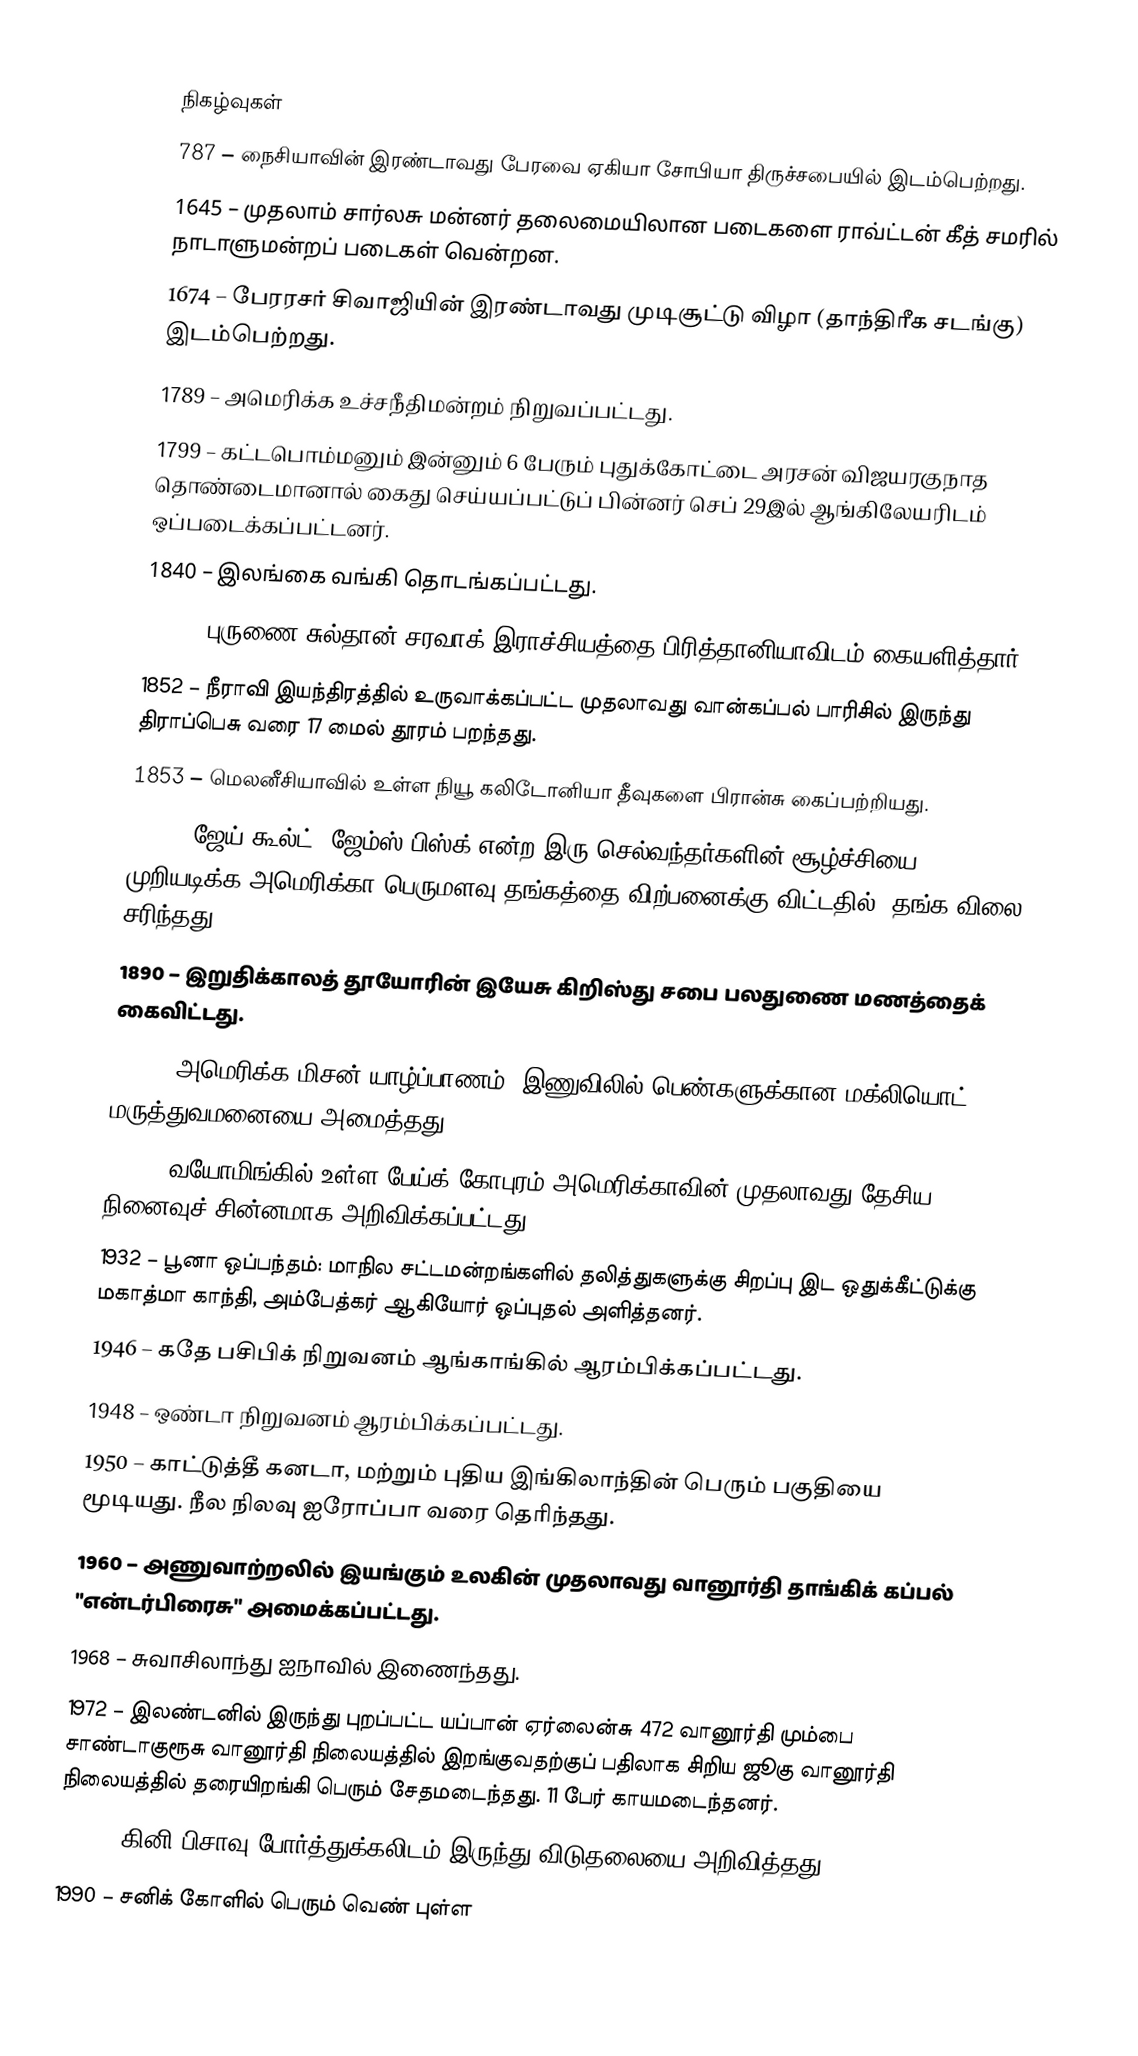

நிகழ்வுகள்
787 – நைசியாவின் இரண்டாவது பேரவை ஏகியா சோபியா திருச்சபையில் இடம்பெற்றது.
1645 – முதலாம் சார்லசு மன்னர் தலைமையிலான படைகளை ராவ்ட்டன் கீத் சமரில் நாடாளுமன்றப் படைகள் வென்றன.
1674 – பேரரசர் சிவாஜியின் இரண்டாவது முடிசூட்டு விழா (தாந்திரீக சடங்கு) இடம்பெற்றது.
1789 – அமெரிக்க உச்சநீதிமன்றம் நிறுவப்பட்டது.
1799 – கட்டபொம்மனும் இன்னும் 6 பேரும் புதுக்கோட்டை அரசன் விஜயரகுநாத தொண்டைமானால் கைது செய்யப்பட்டுப் பின்னர் செப் 29இல் ஆங்கிலேயரிடம் ஒப்படைக்கப்பட்டனர்.
1840 – இலங்கை வங்கி தொடங்கப்பட்டது.
1841 – புருணை சுல்தான் சரவாக் இராச்சியத்தை பிரித்தானியாவிடம் கையளித்தார்.
1852 – நீராவி இயந்திரத்தில் உருவாக்கப்பட்ட முதலாவது வான்கப்பல் பாரிசில் இருந்து திராப்பெசு வரை 17 மைல் தூரம் பறந்தது.
1853 – மெலனீசியாவில் உள்ள நியூ கலிடோனியா தீவுகளை பிரான்சு கைப்பற்றியது.
1869 – ஜேய்  கூல்ட், ஜேம்ஸ் பிஸ்க் என்ற இரு செல்வந்தர்களின் சூழ்ச்சியை முறியடிக்க அமெரிக்கா பெருமளவு தங்கத்தை விற்பனைக்கு விட்டதில், தங்க விலை சரிந்தது.
1890 – இறுதிக்காலத் தூயோரின் இயேசு கிறிஸ்து சபை பலதுணை மணத்தைக் கைவிட்டது.
1898 – அமெரிக்க மிசன் யாழ்ப்பாணம், இணுவிலில் பெண்களுக்கான மக்லியொட் மருத்துவமனையை அமைத்தது.
1906 – வயோமிங்கில் உள்ள பேய்க் கோபுரம் அமெரிக்காவின் முதலாவது தேசிய நினைவுச் சின்னமாக அறிவிக்கப்பட்டது.
1932 – பூனா ஒப்பந்தம்: மாநில சட்டமன்றங்களில் தலித்துகளுக்கு சிறப்பு இட ஒதுக்கீட்டுக்கு மகாத்மா காந்தி, அம்பேத்கர் ஆகியோர் ஒப்புதல் அளித்தனர்.
1946 – கதே பசிபிக் நிறுவனம் ஆங்காங்கில் ஆரம்பிக்கப்பட்டது.
1948 – ஒண்டா நிறுவனம் ஆரம்பிக்கப்பட்டது.
1950 – காட்டுத்தீ கனடா, மற்றும் புதிய இங்கிலாந்தின் பெரும் பகுதியை மூடியது. நீல நிலவு ஐரோப்பா வரை தெரிந்தது.
1960 – அணுவாற்றலில் இயங்கும் உலகின் முதலாவது வானூர்தி தாங்கிக் கப்பல் "என்டர்பிரைசு" அமைக்கப்பட்டது.
1968 – சுவாசிலாந்து ஐநாவில் இணைந்தது.
1972 – இலண்டனில் இருந்து புறப்பட்ட யப்பான் ஏர்லைன்சு 472 வானூர்தி மும்பை சாண்டாகுரூசு வானூர்தி நிலையத்தில் இறங்குவதற்குப் பதிலாக சிறிய ஜூகு வானூர்தி நிலையத்தில் தரையிறங்கி பெரும் சேதமடைந்தது. 11 பேர் காயமடைந்தனர்.
1973 – கினி-பிசாவு போர்த்துக்கலிடம் இருந்து விடுதலையை அறிவித்தது.
1990 – சனிக் கோளில் பெரும் வெண் புள்ள